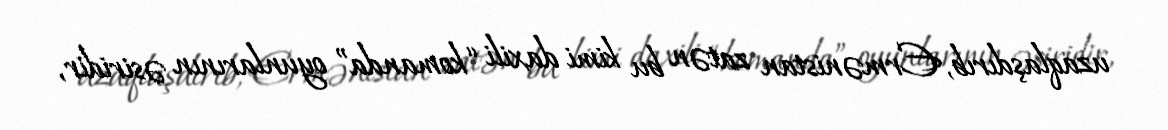
uzaqlaşdırıb, Ermənistan zatən bu kimi daxili “komanda” oyunlarının əsiridir,